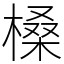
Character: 槡